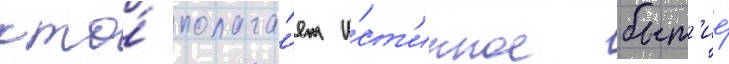
кто́ полага́ет и́ст'инное быт'ие́